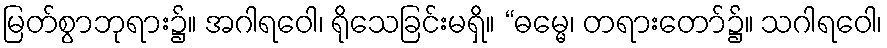
မြတ်စွာဘုရား၌။ အဂါရဝေါ၊ ရိုသေခြင်းမရှိ။ “ဓမ္မေ၊ တရားတော်၌။ သဂါရဝေါ၊